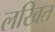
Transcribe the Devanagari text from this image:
लखित